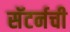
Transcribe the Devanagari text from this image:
सॅटर्नची